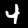
Label: 4